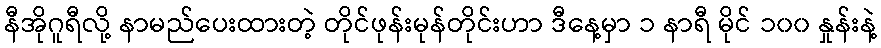
နီအိုဂူရီလို့ နာမည်ပေးထားတဲ့ တိုင်ဖုန်းမုန်တိုင်းဟာ ဒီနေ့မှာ ၁ နာရီ မိုင် ၁၀၀ နှုန်းနဲ့